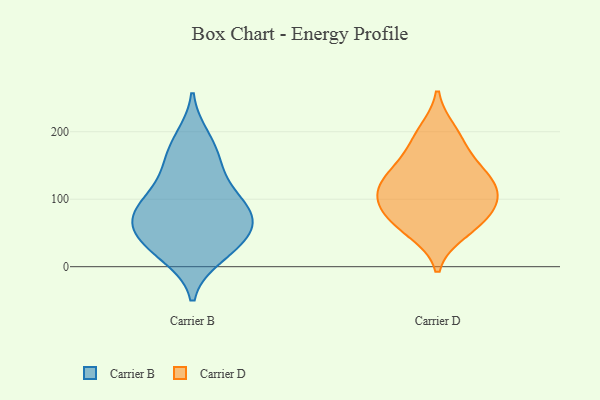
{"axis": {"x": "Churn Rate (%)", "y": "Value"}, "legend": ["Carrier B", "Carrier D"], "data": [{"x": "", "y": 86, "type": "Carrier B"}, {"x": "", "y": 77, "type": "Carrier B"}, {"x": "", "y": 170, "type": "Carrier B"}, {"x": "", "y": 47, "type": "Carrier B"}, {"x": "", "y": 35, "type": "Carrier B"}, {"x": "", "y": 190, "type": "Carrier B"}, {"x": "", "y": 148, "type": "Carrier B"}, {"x": "", "y": 54, "type": "Carrier B"}, {"x": "", "y": 17, "type": "Carrier B"}, {"x": "", "y": 126, "type": "Carrier B"}, {"x": "", "y": 79, "type": "Carrier B"}, {"x": "", "y": 25, "type": "Carrier B"}, {"x": "", "y": 98, "type": "Carrier B"}, {"x": "", "y": 75, "type": "Carrier B"}, {"x": "", "y": 139, "type": "Carrier D"}, {"x": "", "y": 147, "type": "Carrier D"}, {"x": "", "y": 184, "type": "Carrier D"}, {"x": "", "y": 200, "type": "Carrier D"}, {"x": "", "y": 131, "type": "Carrier D"}, {"x": "", "y": 107, "type": "Carrier D"}, {"x": "", "y": 103, "type": "Carrier D"}, {"x": "", "y": 88, "type": "Carrier D"}, {"x": "", "y": 110, "type": "Carrier D"}, {"x": "", "y": 71, "type": "Carrier D"}, {"x": "", "y": 52, "type": "Carrier D"}, {"x": "", "y": 63, "type": "Carrier D"}]}